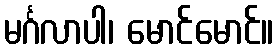
မင်္ဂလာပါ၊ မောင်မောင်။